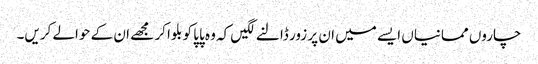
چاروں ممانیاں ایسے میں ان پر زور ڈالنے لگیں کہ وہ پاپا کو بلوا کر مجھے ان کے حوالے کریں۔